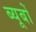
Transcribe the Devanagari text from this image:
ब्यूबों